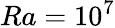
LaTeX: Ra=10^{7}